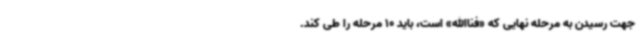
جهت رسیدن به مرحله نهایی که «فناالله» است، باید 10 مرحله را طی کند.